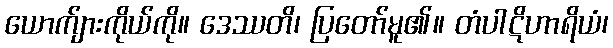
ယောက်ျားကိုယ်ကို။ ဒေဿတိ၊ ပြတော်မူ၏။ တံပါဋိဟာရိယံ၊